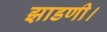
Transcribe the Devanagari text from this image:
झाडणी।